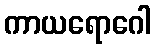
ကာယရောဂေါ